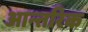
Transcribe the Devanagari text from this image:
आन्‍तरिक